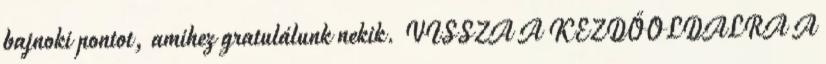
bajnoki pontot, amihez gratulálunk nekik. VISSZA A KEZDŐOLDALRA A